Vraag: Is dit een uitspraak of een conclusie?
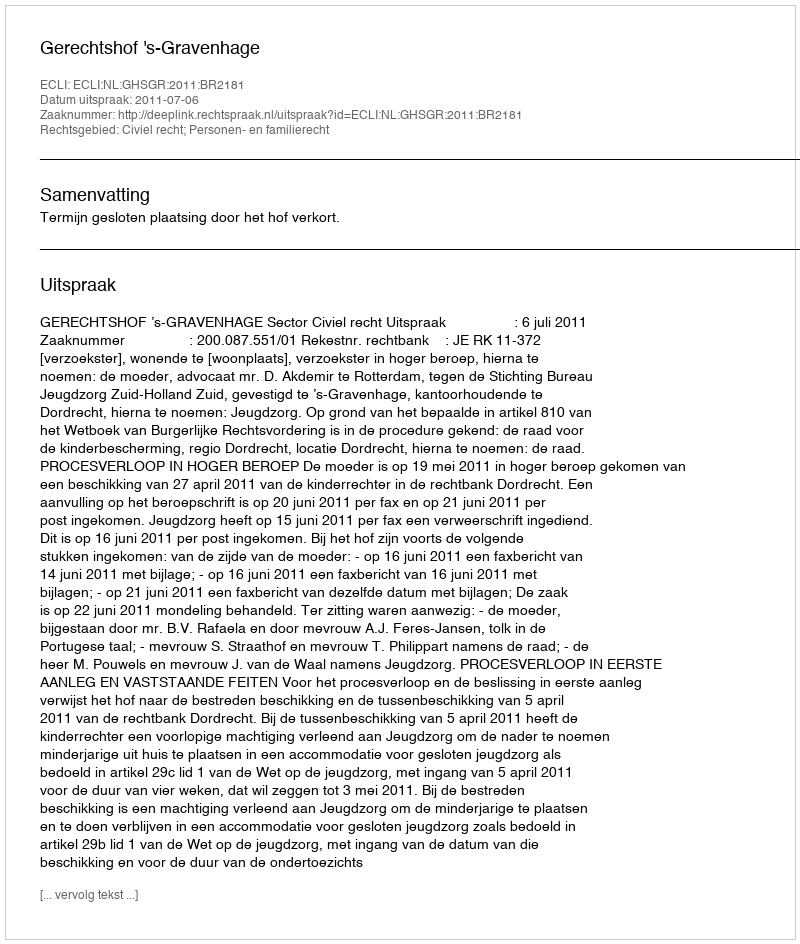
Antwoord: Uitspraak